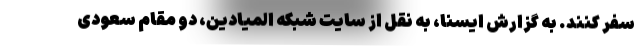
سفر کنند. به گزارش ایسنا، به نقل از سایت شبکه المیادین، دو مقام سعودی